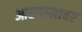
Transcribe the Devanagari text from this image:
आख्यानावर